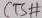
Text: CTS#